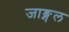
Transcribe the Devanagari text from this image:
जाङ्गल